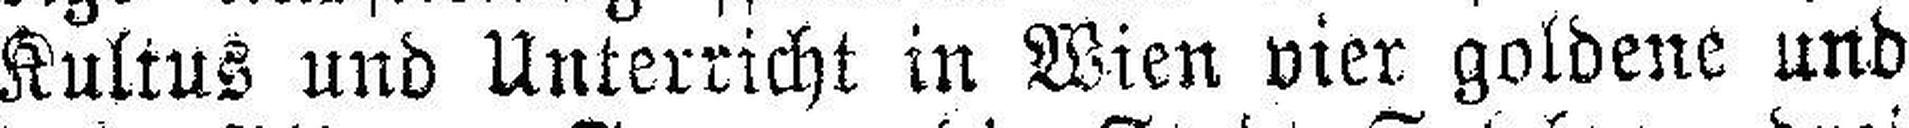
Kultus und Unterricht in Wien vier goldene und